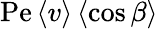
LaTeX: \mathrm{Pe}\left\langle v\right\rangle\left\langle\cos\beta\right\rangle